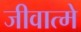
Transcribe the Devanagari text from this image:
जीवात्मे